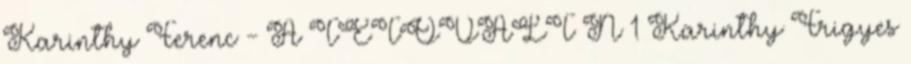
Karinthy Ferenc - A TETOVÁLT N 1 Karinthy Frigyes